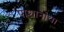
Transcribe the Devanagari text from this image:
पाशानाचा